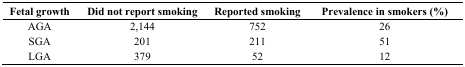
| Fetal growth | Did not report smoking | Reported smoking | Prevalence in smokers (%) |
 | --- | --- | --- | --- |
 | AGA | 2,144 | 752 | 26 |
 | SGA | 201 | 211 | 51 |
 | LGA | 379 | 52 | 12 |